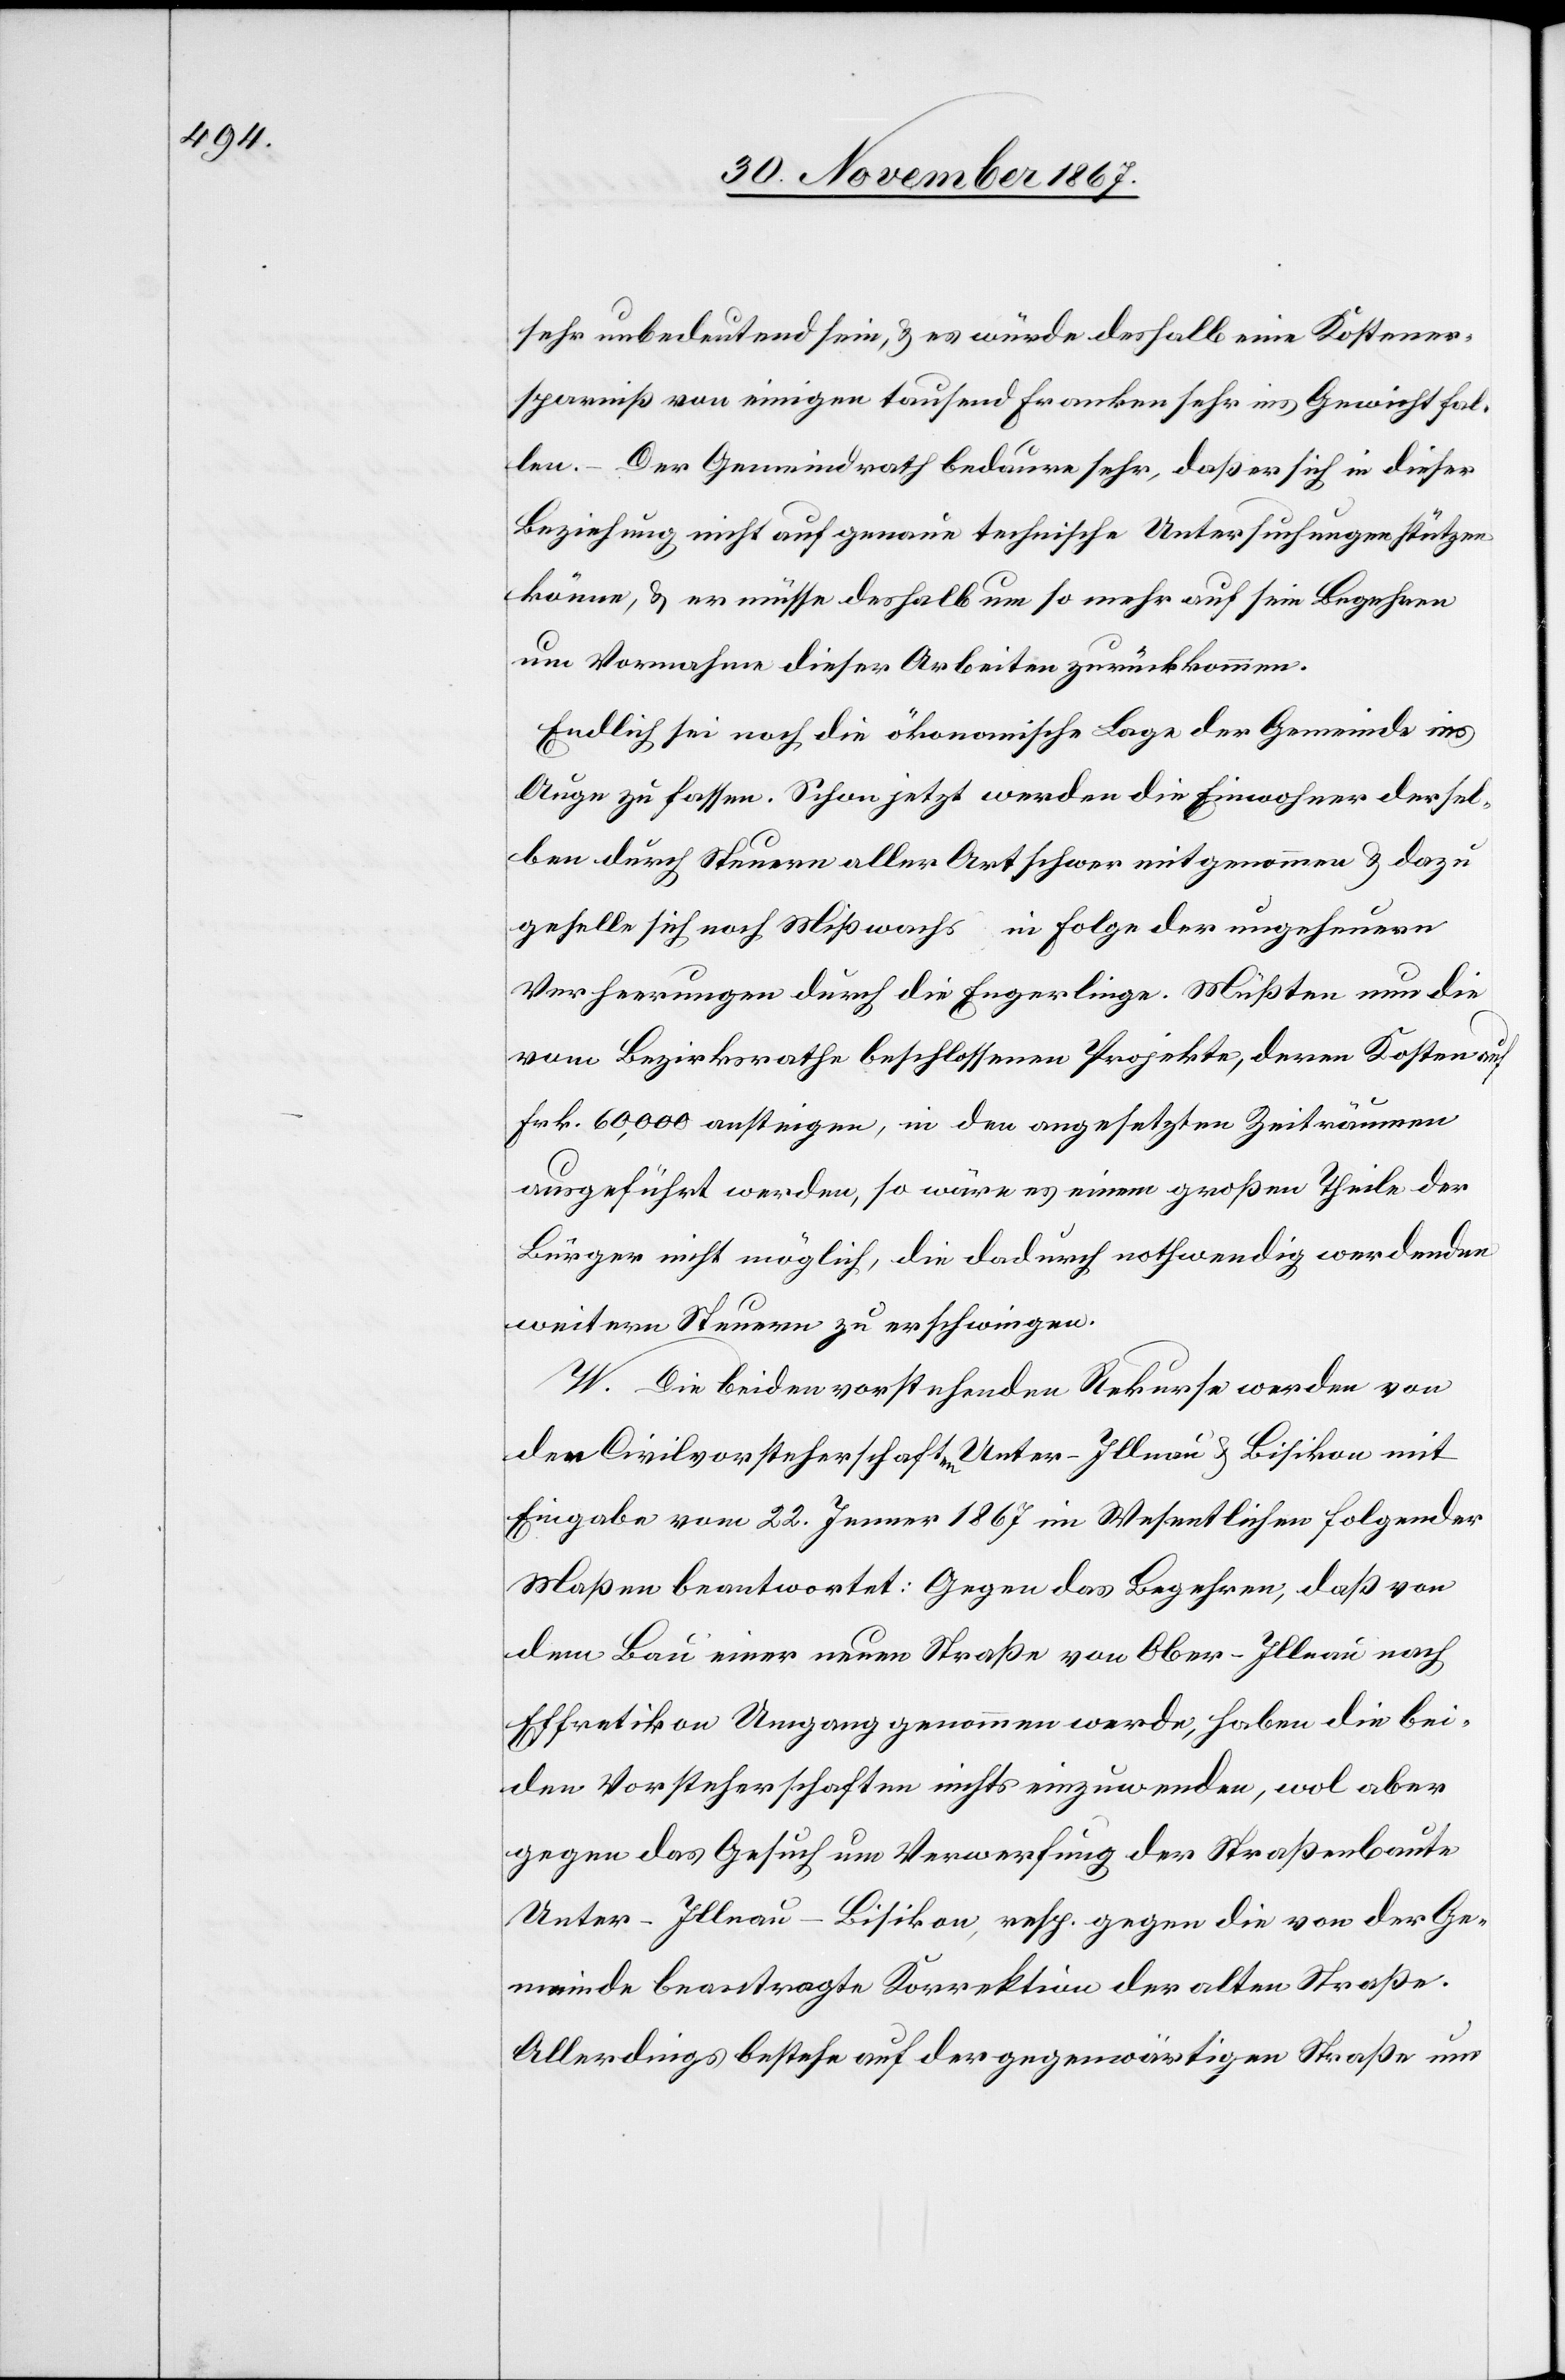
sehr unbedeutend sein, u. es würde deshalb eine Kostener¬
sparniß von einigen tausend Franken sehr ins Gewicht fal¬
len. – Der Gemeindrath bedaure sehr, daß er sich in dieser
Beziehung nicht auf genaue technische Untersuchungen stützen
könne, u. er müsse deshalb um so mehr auf sein Begehren
um Vornahme dieser Arbeiten zurückkommen.
Endlich sei noch die ökonomische Lage der Gemeinde ins
Auge zu fassen. Schon jetzt werden die Einwohner dersel¬
ben durch Steuern aller Art schwer mitgenommen u. dazu
in Folge der ungeheuren
geselle sich noch Mißwachs
Verheerungen durch die Engerlinge. Müßten nun die
vom Bezirksrathe beschlossenen Projekte, deren Kosten auf
Frk. 60 000 ansteigen, in den angesetzten Zeiträumen
ausgeführt werden, so wäre es einem großen Theile der
Bürger nicht möglich, die dadurch nothwendig werdenden
weitern Steuern zu erschwingen.
W. Die beiden vorstehenden Rekurse werden von
den Civilvorsteherschaften Unter-Illnau u. Bisikon mit
Eingabe vom 22. Jenner 1867 im Wesentlichen folgender
Maßen beantwortet: Gegen das Begehren, daß von
dem Bau einer neuen Straße von Ober-Illnau nach
Effretikon Umgang genommen werde, haben die bei¬
den Vorsteherschaften nichts einzuwenden, wol aber
gegen das Gesuch um Verwerfung der Straßenbaute
Unter-Illnau–Bisikon, resp. gegen die von der Ge¬
meinde beantragte Korrektion der alten Straße.
Allerdings bestehe auf der gegenwärtigen Straße um